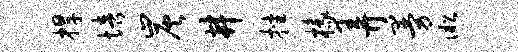
捍培炭井挫椽弄曼淞